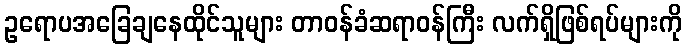
ဥရောပအခြေချနေထိုင်သူများ တာဝန်ခံဆရာဝန်ကြီး လက်ရှိဖြစ်ရပ်များကို